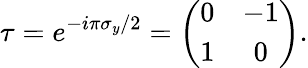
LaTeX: \tau=e^{-i\pi\sigma_{y}/2}=\left(\begin{array}{cc}{0}&{-1}\\ {1}&{0}\end{array}\right).